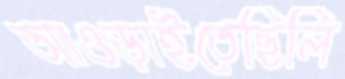
আওড়াইতেছিলি